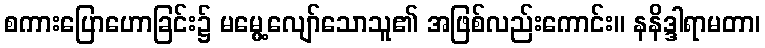
စကားပြောဟောခြင်း၌ မမွေ့လျော်သောသူ၏ အဖြစ်လည်းကောင်း။ နနိဒ္ဒါရာမတာ၊